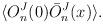
LaTeX: \begin{align*}\langle O^J_n (0) \bar {O}^J_n(x)\rangle.\end{align*}